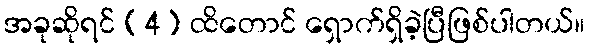
အခုဆိုရင် (4) ထိတောင် ရှောက်ရှိခဲ့ပြီဖြစ်ပါတယ်။